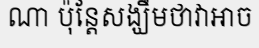
ណា ប៉ុន្តែសង្ឃឹមថាវាអាច